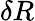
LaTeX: \delta R